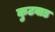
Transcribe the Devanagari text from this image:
कुटवाड